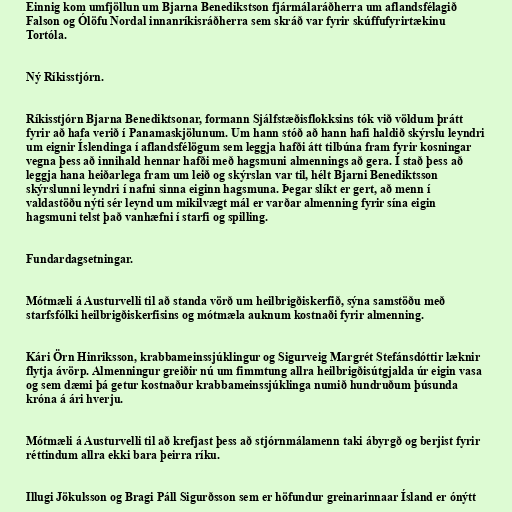
Einnig kom umfjöllun um Bjarna Benedikstson fjármálaráðherra um aflandsfélagið
Falson og Ólöfu Nordal innanríkisráðherra sem skráð var fyrir skúffufyrirtækinu
Tortóla.

Ný Ríkisstjórn.

Ríkisstjórn Bjarna Benediktsonar, formann Sjálfstæðisflokksins tók við völdum þrátt
fyrir að hafa verið í Panamaskjölunum. Um hann stóð að hann hafi haldið skýrslu leyndri
um eignir Íslendinga í aflandsfélögum sem leggja hafði átt tilbúna fram fyrir kosningar
vegna þess að innihald hennar hafði með hagsmuni almennings að gera. Í stað þess að
leggja hana heiðarlega fram um leið og skýrslan var til, hélt Bjarni Benediktsson
skýrslunni leyndri í nafni sinna eiginn hagsmuna. Þegar slíkt er gert, að menn í
valdastöðu nýti sér leynd um mikilvægt mál er varðar almenning fyrir sína eigin
hagsmuni telst það vanhæfni í starfi og spilling.

Fundardagsetningar.

Mótmæli á Austurvelli til að standa vörð um heilbrigðiskerfið, sýna samstöðu með
starfsfólki heilbrigðiskerfisins og mótmæla auknum kostnaði fyrir almenning.

Kári Örn Hinriksson, krabbameinssjúklingur og Sigurveig Margrét Stefánsdóttir læknir
flytja ávörp. Almenningur greiðir nú um fimmtung allra heilbrigðisútgjalda úr eigin vasa
og sem dæmi þá getur kostnaður krabbameinssjúklinga numið hundruðum þúsunda
króna á ári hverju.

Mótmæli á Austurvelli til að krefjast þess að stjórnmálamenn taki ábyrgð og berjist fyrir
réttindum allra ekki bara þeirra ríku.

Illugi Jökulsson og Bragi Páll Sigurðsson sem er höfundur greinarinnaar Ísland er ónýtt